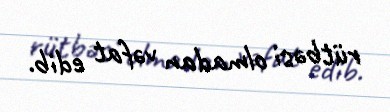
rütbəsi olmadan vəfat edib.